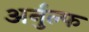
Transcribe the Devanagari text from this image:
अर्नुल्फ